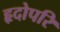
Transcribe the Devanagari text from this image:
हृदोपरि